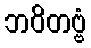
ဘဝိတဗ္ဗံ